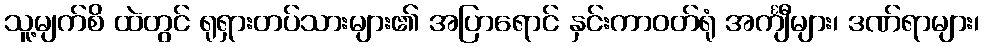
သူ့မျက်စိ ထဲတွင် ရုရှားတပ်သားများ၏ အပြာရောင် နှင်းကာဝတ်ရုံ အင်္ကျီများ၊ ဒဏ်ရာများ၊